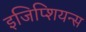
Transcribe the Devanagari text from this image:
इजिप्शियन्स